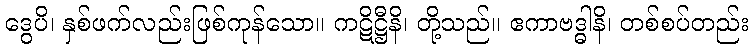
ဒွေပိ၊ နှစ်ဖက်လည်းဖြစ်ကုန်သော။ ကဋိဋ္ဌီနိ၊ တို့သည်။ ဧကာဗဒ္ဓါနိ၊ တစ်စပ်တည်း